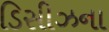
ડિસીઝના